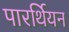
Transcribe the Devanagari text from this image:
पारर्थियन